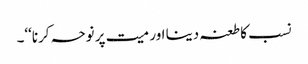
نسب کا طعنہ دینا اور میت پر نوحہ کرنا‘‘۔